Report on vaccination in the Province of Bengal - 1874-1889
Year: 1874
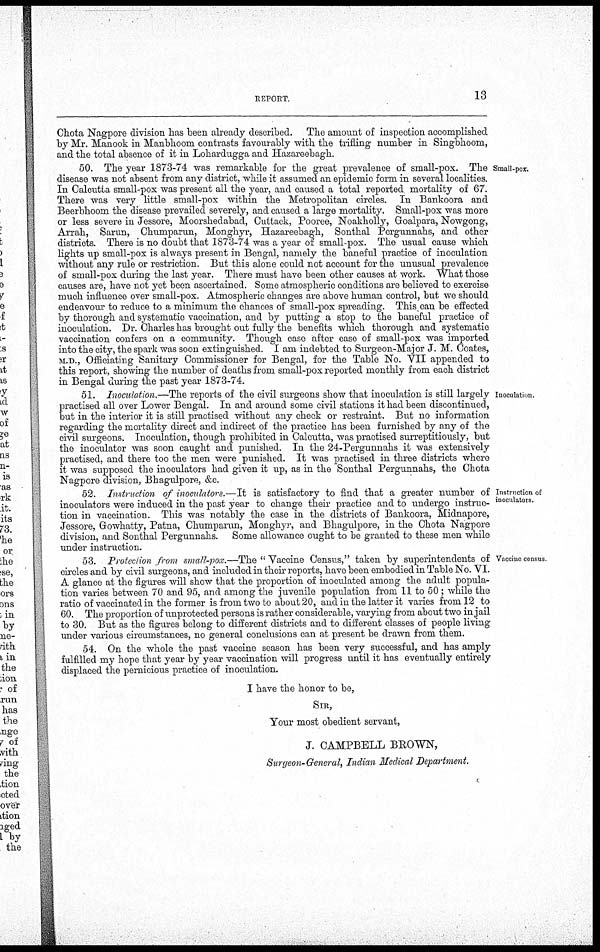
REPORT.
13
Chota Nagpore division has been already described. The amount of inspection accomplished
by Mr. Manook in Manbhoom contrasts favourably with the trifling number in Singbhoom,
and the total absence of it in Lohardugga and Hazareebagh.
Small-pox.
50. The year 1873-74 was remarkable for the great prevalence of small-pox. The
disease was not absent from any district, while it assumed an epidemic form in several localities.
In Calcutta small-pox was present all the year, and caused a total reported, mortality of 67.
There was very little small-pox within the Metropolitan circles. In Bankoora and
Beerbhoom the disease prevailed severely, and caused a large mortality. Small-pox was more
or less severe in Jessore, Moorshedabad, Cuttack, Pooree, Noakholly, Goalpara, Nowgong,
Arrah, Sarun, Chumparun, Monghyr, Hazareebagh, Sonthal Pergunnahs, and other
districts. There is no doubt that 1873-74 was a year of small-pox. The usual cause which
lights up small-pox is always present in Bengal, namely the baneful practice of inoculation
without any rule or restriction. But this alone could not account for the unusual prevalence
of small-pox during the last year. There must have been other causes at work. What those
causes are, have not yet been ascertained. Some atmospheric conditions are believed to exercise
much influence over small-pox. Atmospheric changes are above human control, but we should
endeavour to reduce to a minimum the chances of small-pox spreading. This can be effected
by thorough and systematic vaccination, and by putting a stop to the baneful practice of
inoculation. Dr. Charles has brought out fully the benefits which thorough and systematic
vaccination confers on a community. Though case after case of small-pox was imported
into the city, the spark was soon extinguished. I am indebted to Surgeon-Major J. M. Coates,
M.D., Officiating Sanitary Commissioner for Bengal, for the Table No. VII appended to
this report, showing the number of deaths from small-pox reported monthly from each district
in Bengal during the past year 1873-74.
Inoculation.
51. Inoculation.—The reports of the civil surgeons show that inoculation is still largely
practised all over Lower Bengal. In and around some civil stations it had been discontinued,
but in the interior it is still practised without any check or restraint. But no information
regarding the mortality direct and indirect of the practice has been furnished by any of the
civil surgeons. Inoculation, though prohibited in Calcutta, was practised surreptitiously, but
the inoculator was soon caught and punished. In the 24-Pergunnahs it was extensively
practised, and there too the men were punished. It was practised in three districts where
it was supposed the inoculators had given it up, as in the Sonthal Pergunnahs, the Chota
Nagpore division, Bhagulpore, &c.
Instruction of
inoculators.
52. Instruction of inoculators.—It is satisfactory to find that a greater number of
inoculators were induced in the past year to change their practice and to undergo instruc-
tion in vaccination. This was notably the case in the districts of Bankoora, Midnapore,
Jessore, Gowhatty, Patna, Chumparun, Monghyr, and Bhagulpore, in the Chota Nagpore
division, and Sonthal Pergunnahs. Some allowance ought to be granted to these men while
under instruction.
Vaccine census
53. Protection from small-pox.—The " Vaccine Census," taken by superintendents of
circles and by civil surgeons, and included in their reports, have been embodied in Table No. VI.
A glance at the figures will show that the proportion of inoculated among the adult popula-
tion varies between 70 and 95, and among the juvenile population from 11 to 50 ; while the
ratio of vaccinated in the former is from two to about 20, and in the latter it varies from 12 to
60. The proportion of unprotected persons is rather considerable, varying from about two in jail
to 30. But as the figures belong to different districts and to different classes of people living
under various circumstances, no general conclusions can at present be drawn from them.
54. On the whole the past vaccine season has been very successful, and has amply
fulfilled my hope that year by year vaccination will progress until it has eventually entirely
displaced the pernicious practice of inoculation.
I have the honor to be,
SIR,
Your most obedient servant,
J. CAMPBELL BROWN,
Surgeon-General, Indian Medical Department.